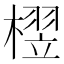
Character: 𬄘